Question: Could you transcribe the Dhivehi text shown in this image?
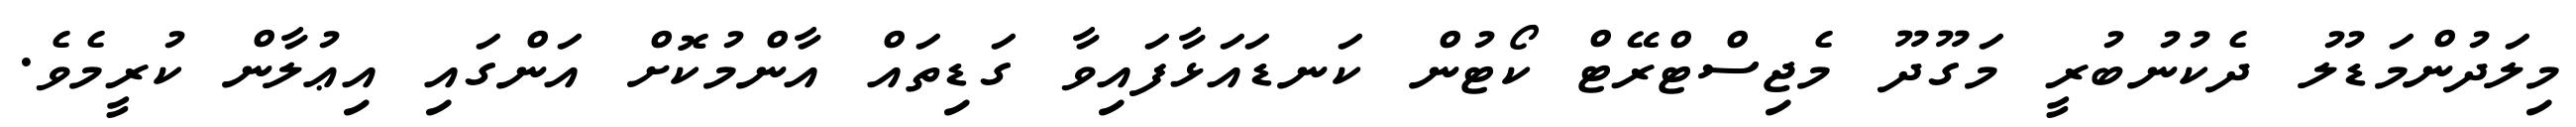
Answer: މިލަދުންމަޑުލު ދެކުނުބުރީ މަގޫދޫ މެޖިސްޓްރޭޓް ކޯޓުން ކަނޑައަޅާފައިވާ ގަޑިތައް އާންމުކޮށް އަންގައި އިޢުލާން ކުރީމެވެ.